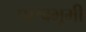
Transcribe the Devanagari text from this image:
पाश्वभूमी